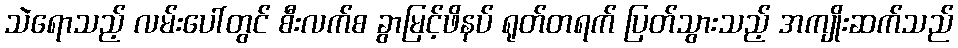
သဲရောသည့် လမ်းပေါ်တွင် စီးလက်စ ခွာမြင့်ဖိနပ် ရုတ်တရက် ပြတ်သွားသည့် အကျိုးဆက်သည်